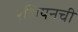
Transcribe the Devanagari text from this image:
रशियनची